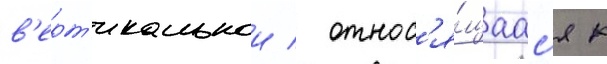
в'ерт'икальнои / относ'я́щаас'я к